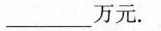
_万元。